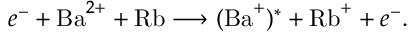
e ^ { - } + \mathrm { B a } ^ { 2 + } + \mathrm { R b } \longrightarrow ( \mathrm { B a } ^ { + } ) ^ { * } + \mathrm { R b } ^ { + } + e ^ { - } .